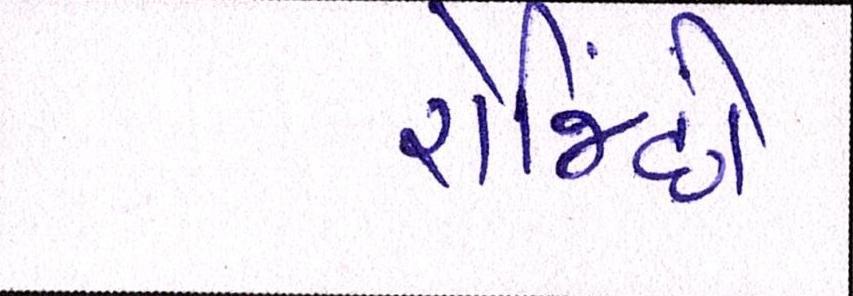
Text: રોજિંદી